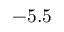
- 5 . 5